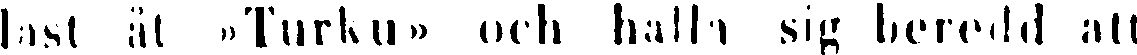
last åt »Turku» och hålla sig beredd att